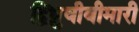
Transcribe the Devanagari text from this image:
द्विध्रुवीबीमारी